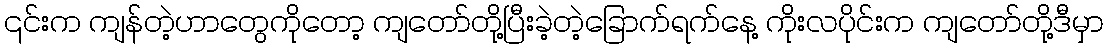
၎င်းက ကျန်တဲ့ဟာတွေကိုတော့ ကျတော်တို့ပြီးခဲ့တဲ့ခြောက်ရက်နေ့ ကိုးလပိုင်းက ကျတော်တို့ဒီမှာ